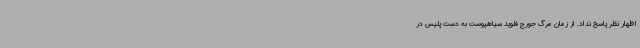
اظهار نظر پاسخ نداد. از زمان مرگ جورج فلوید سیاهپوست به دست پلیس در